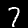
Label: 7